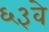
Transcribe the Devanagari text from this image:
६३वे